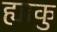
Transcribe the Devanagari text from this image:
ह्याकु